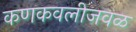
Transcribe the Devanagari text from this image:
कणकवलीजवळ